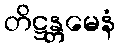
တိဋ္ဌန္တမေနံ